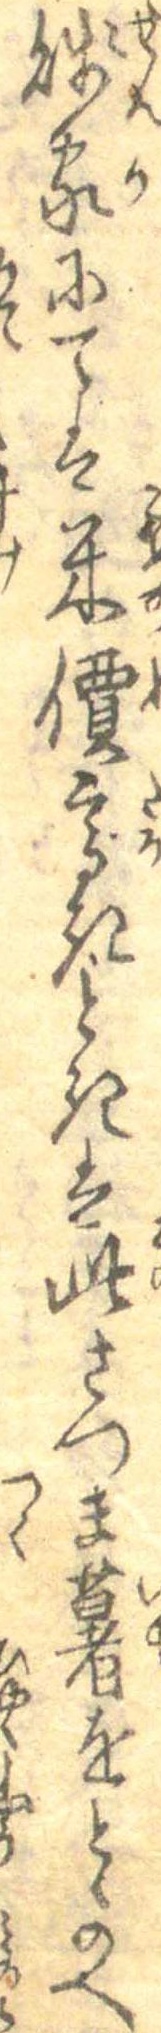
賎家にては米價高きときは此さつま薯をとゝのへ